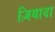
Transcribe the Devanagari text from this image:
ज़ियादा